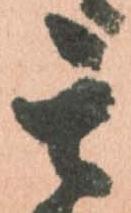
其